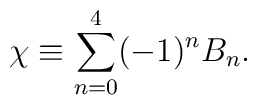
\chi \equiv \sum_{n=0}^{4}(-1)^{n}B_{n}.